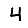
Digit: 4